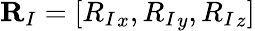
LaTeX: {\mathbf R}_{I}=[{R_{I}}_{x},{R_{I}}_{y},{R_{I}}_{z}]